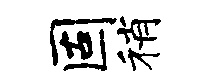
固稍